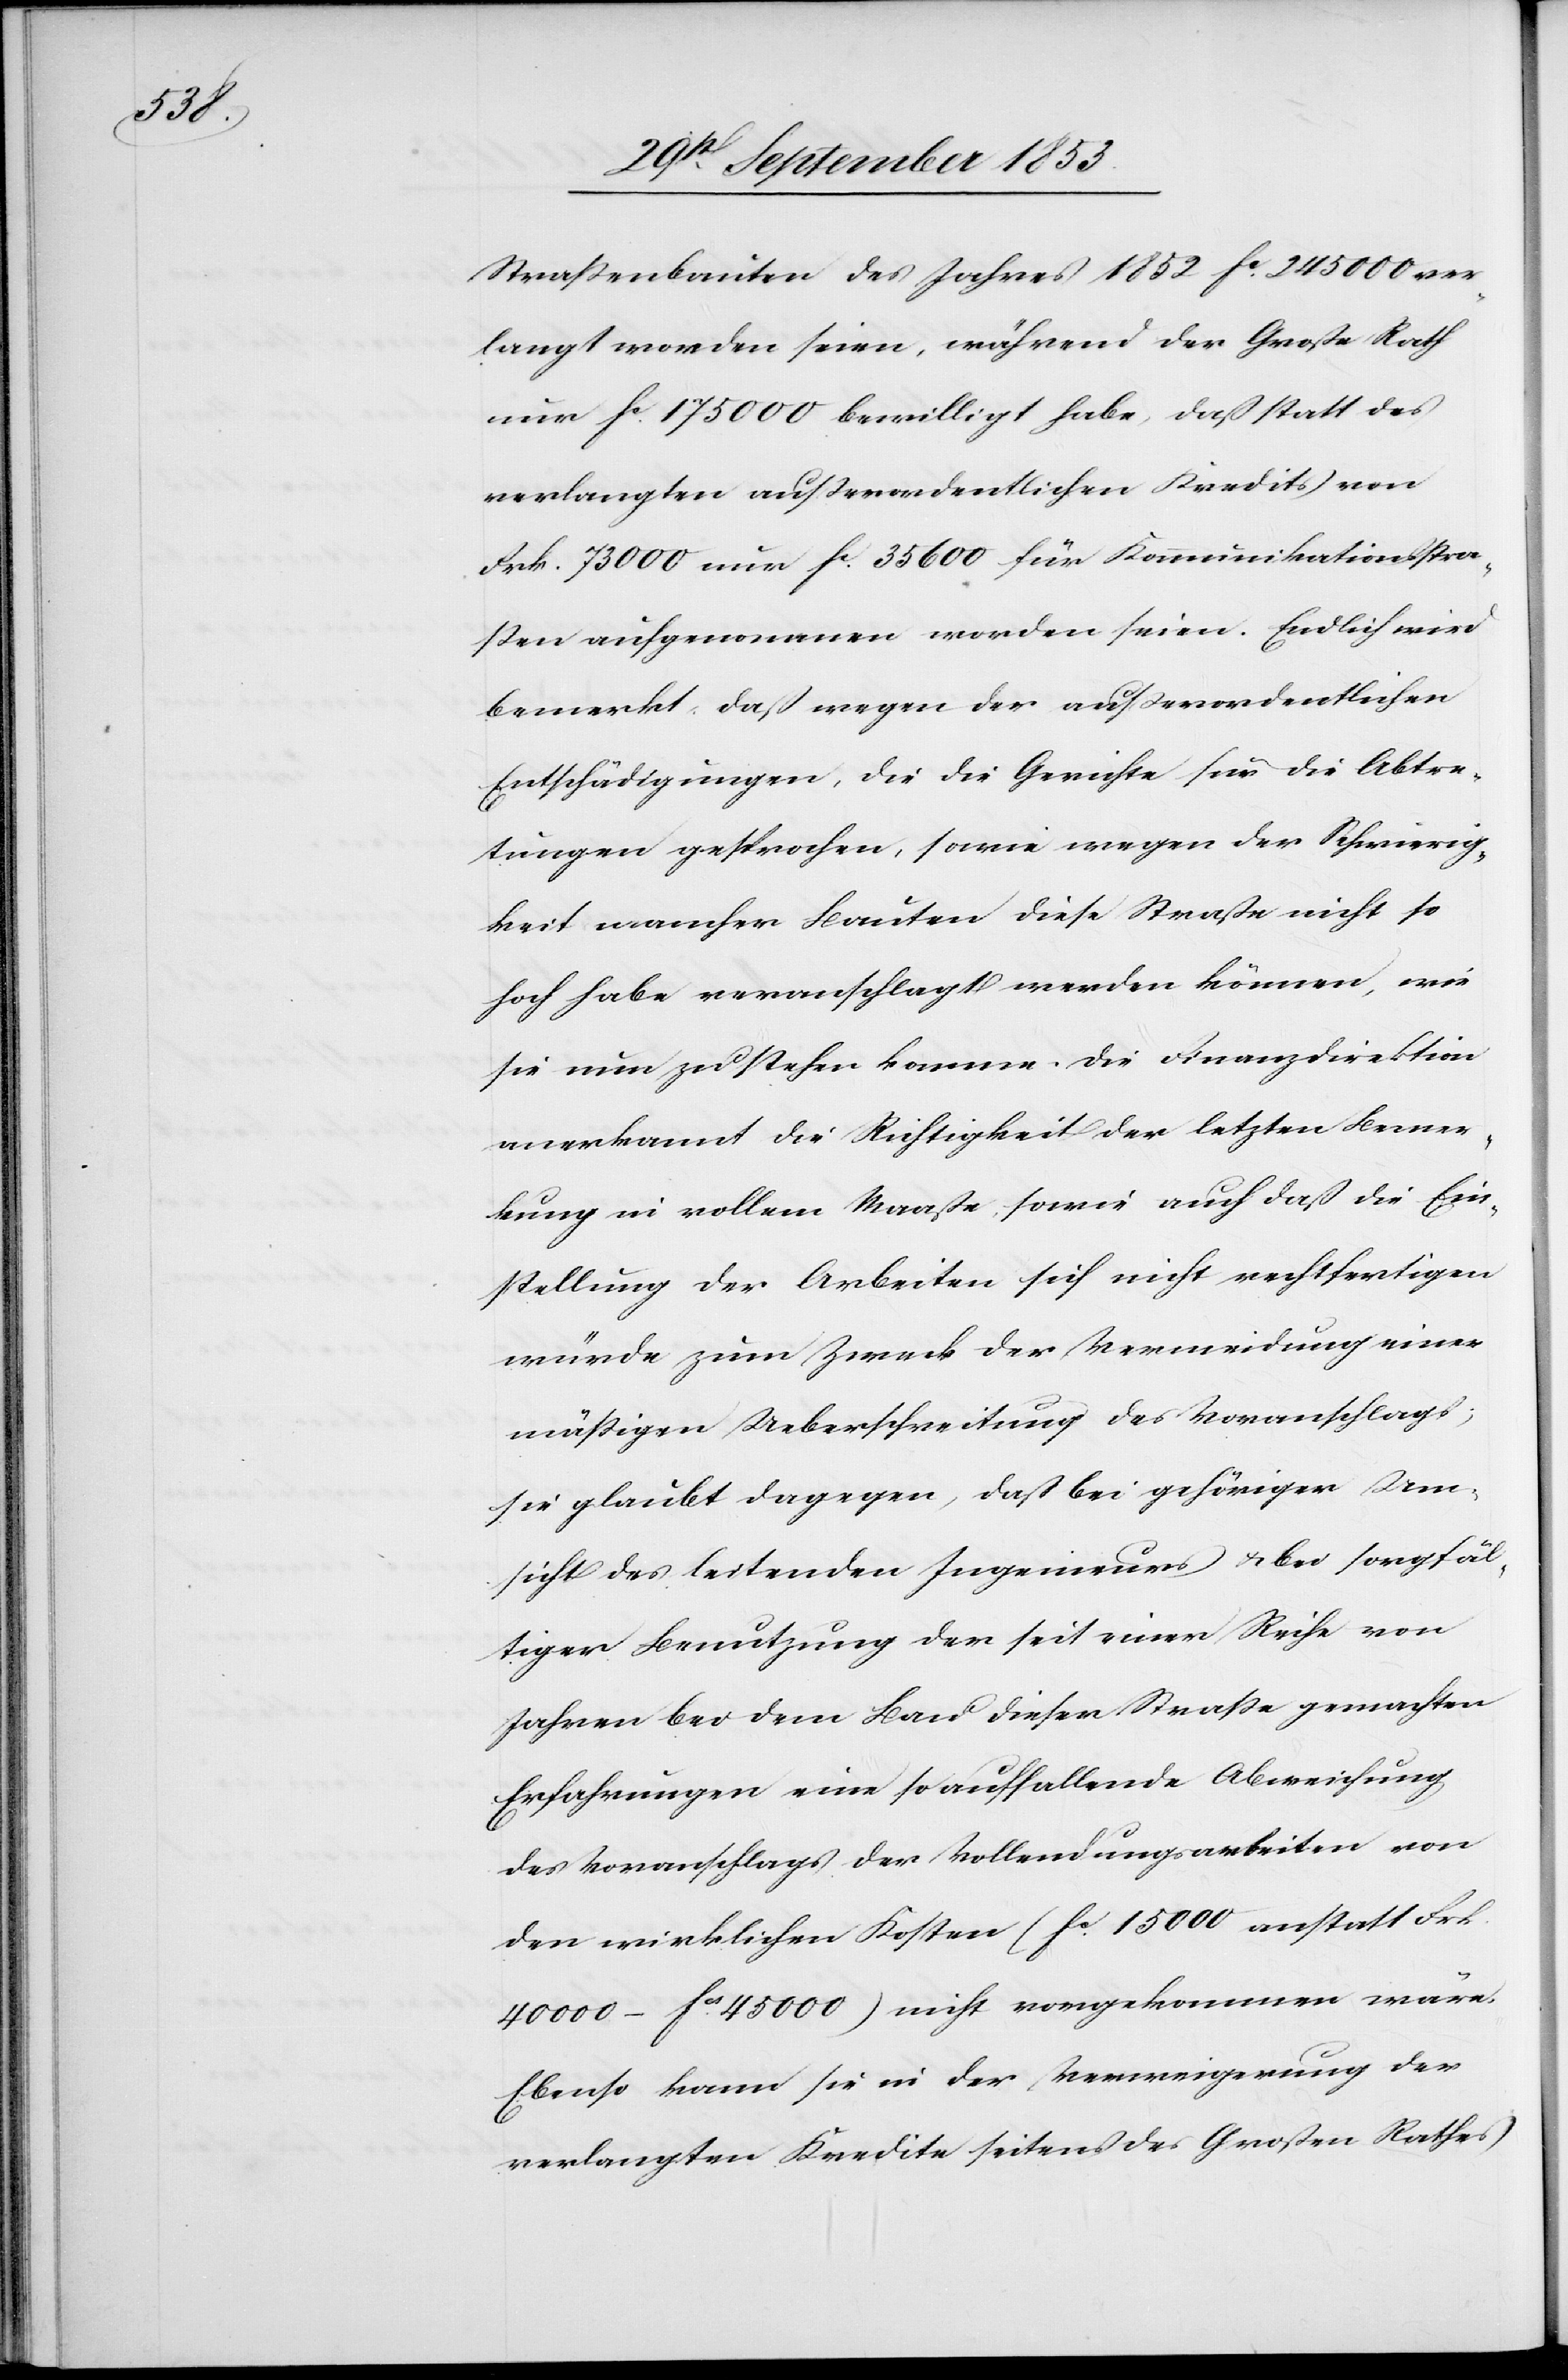
Straßenbauten des Jahres 1852 fc 245 000 ver¬
langt worden seien, während der Große Rath
nur fc 175 000 bewilligt habe, daß statt des
verlangten außerordentlichen Kredits von
Frk. 73 000 nur fc 35 600 für Kommunikationsstra¬
ßen aufgenommen worden seien. Endlich wird
bemerkt, daß wegen der außerordentlichen
Entschädigungen, die die Gerichte für die Abtre¬
tungen gesprochen, sowie wegen der Schwierig¬
keit mancher Bauten diese Straße nicht so
hoch habe veranschlagt werden können, wie
sie nun zu stehen komme. Die Finanzdirektion
anerkannt [sic!] die Richtigkeit der letzten Bemer¬
kung in vollem Maße, sowie auch daß die Ein¬
stellung der Arbeiten sich nicht rechtfertigen
würde zum Zweck der Verminderung einer
mäßigen Ueberschreitung des Voranschlages;
sie glaubt dagegen, daß bei gehöriger Um¬
sicht des leitenden Ingenieurs u. bei sorgfäl¬
tiger Benutzung der seit einer Reihe von
Jahren bei dem Bau dieser Straße gemachten
Erfahrungen eine so auffallende Abweichung
des Voranschlages der Vollendungsarbeiten von
den wirklichen Kosten (fc 15 000 anstatt Frk.
40 000–fcs 45 000) nicht vorgekommen wäre.
Ebenso kann sie in der Verweigerung der
verlangten Kredite seitens des Großen Rathes